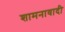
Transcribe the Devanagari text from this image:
शामनावादी